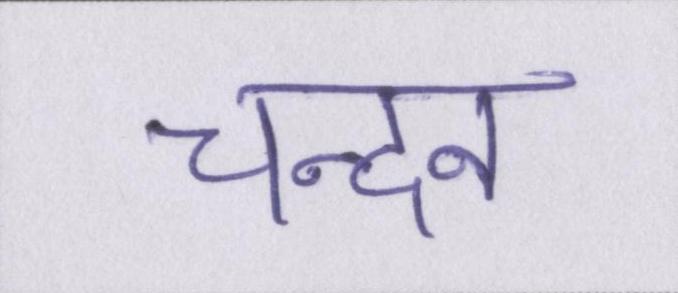
चन्दन